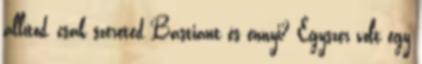
állítod, csak szereted Bastiant és ennyi? Egyszer volt egy